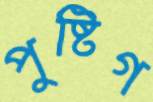
পুষ্টিগ